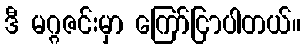
ဒီ မဂ္ဂဇင်းမှာ ကြော်ငြာပါတယ်။